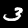
Label: 3